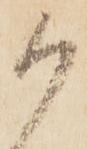
御